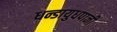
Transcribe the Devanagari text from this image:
धन्डायुधपानी